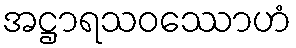
အဋ္ဌာရသဝဿောဟံ